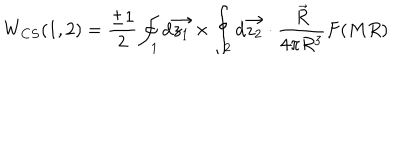
W _ { C S } ( 1 , 2 ) = \frac { \pm 1 } { 2 } \oint _ { 1 } d \vec { z _ { 1 } } \times \oint _ { 2 } d \vec { z _ { 2 } } \cdot \frac { \vec { R } } { 4 \pi R ^ { 3 } } F ( M R )